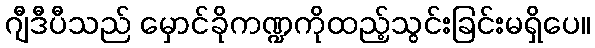
ဂျီဒီပီသည် မှောင်ခိုကဏ္ဍကိုထည့်သွင်းခြင်းမရှိပေ။